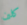
كلين